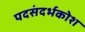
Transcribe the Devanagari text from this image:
पदसंदर्भकोश